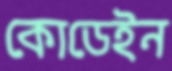
কোডেইন